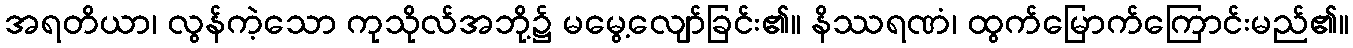
အရတိယာ၊ လွန်ကဲ့သော ကုသိုလ်အဘို့၌ မမွေ့လျော်ခြင်း၏။ နိဿရဏံ၊ ထွက်မြောက်ကြောင်းမည်၏။